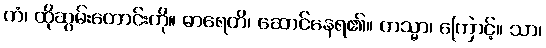
တံ၊ ထိုဆွမ်းတောင်းကို။ ဓာရေတိ၊ ဆောင်နေရ၏။ တသ္မာ၊ ကြောင့်။ သာ၊